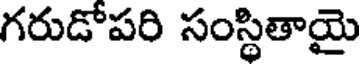
గరుడోపరి సంస్థితాయై